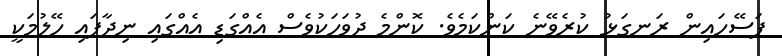
ފަސޭހައިން ރަނގަޅު ކުރެވޭނެ ކަންކަމެވެ. ކޮންމެ ދުވަހަކުވެސް އެއްގަޑި އެއްގައި ނިދާފައި ހޭލުމަކީ